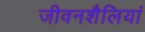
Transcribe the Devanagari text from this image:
जीवनशैलियां